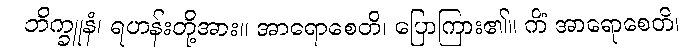
ဘိက္ခူနံ၊ ရဟန်းတို့အား။ အာရောစေတိ၊ ပြောကြား၏။ ကိံ အာရောစေတိ၊